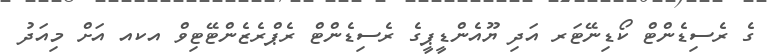
ގެ ރެސިޑެންޓް ކޯޑިނޭޓަރ އަދި ޔޫއެންޑީޕީގެ ރެސިޑެންޓް ރެޕްރެޒެންޓޭޓިވް އކއ އަށް މިއަދު